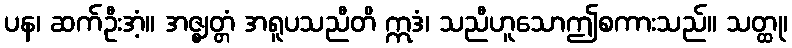
ပန၊ ဆက်ဦးအံ့။ အဇ္ဈတ္တံ အရူပသညီတိ ဣဒံ၊ သညီဟူသောဤစကားသည်။ သတ္ထု၊